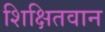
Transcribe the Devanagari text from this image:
शिक्षितवान